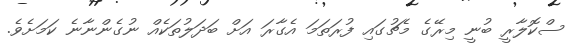
ސްކޮލާރީ ބުނީ މިރޭގެ މެޗުގައި ފުރަތަމަ އެގާރަ އަށް ބަދަލުތަކެއް ނުގެންނާނެ ކަމަށެވެ.